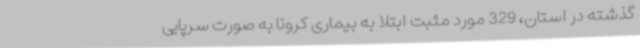
گذشته در استان، 329 مورد مثبت ابتلا به بیماری کرونا به صورت سرپایی